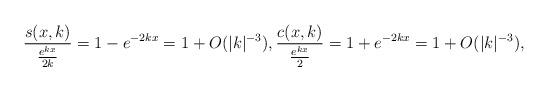
LaTeX: \begin{align*}\frac{ s(x,k) }{\frac{ e^{kx} }{2k} } = 1 - e^{-2kx} = 1 + O(\lvert k\rvert^{-3}), \frac{ c(x,k) }{\frac{ e^{kx} }{2} } = 1 + e^{-2kx} = 1+ O(\lvert k\rvert^{-3}), \end{align*}